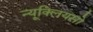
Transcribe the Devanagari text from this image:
न्यूक्लियसो